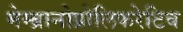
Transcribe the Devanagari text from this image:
मेम्ब्रानोप्रोलिफरेटिव